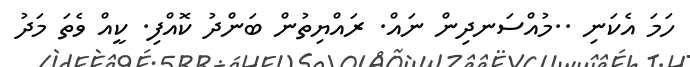
ހަމަ އެކަނި ..މުއްސަނދިން ނައް. ރައްޔިތުން ބަންދު ކޮއްފި. ކީއް ވެތަ މަދު